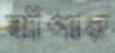
ঝাঁপার